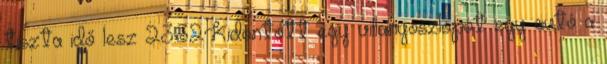
tiszta idő lesz 23:32Kidöntött egy villanyoszlopot egy autó a